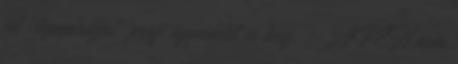
jól "lepapírozni" profi ügyvéddel és kész. - APEH nem